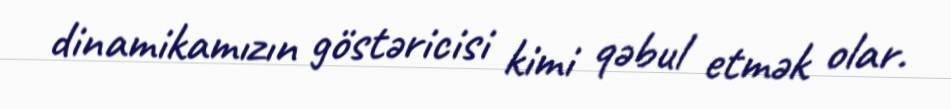
dinamikamızın göstəricisi kimi qəbul etmək olar.